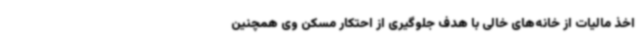
اخذ مالیات از خانه‌های خالی با هدف جلوگیری از احتکار مسکن وی همچنین